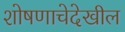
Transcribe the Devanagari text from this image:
शोषणाचेदेखील